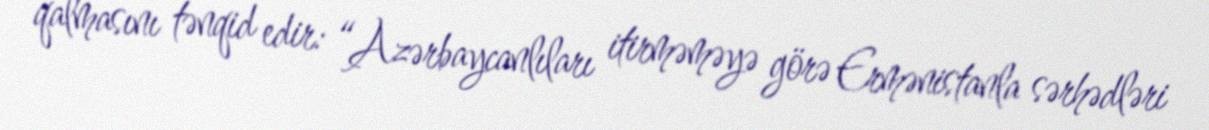
qalmasını tənqid edir: “Azərbaycanlıları itirməməyə görə Ermənistanla sərhədləri